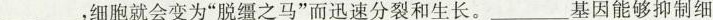
___，细胞就会变为”脱缰之马”而迅速分裂和生长。___基因能够抑制细